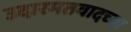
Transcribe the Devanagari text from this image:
उदारमतवादच्या